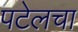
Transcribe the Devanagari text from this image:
पटेलचा